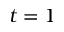
t = 1